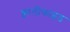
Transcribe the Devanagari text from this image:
क्वालीफाइड